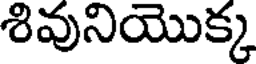
శివునియొక్క